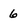
Character: 6